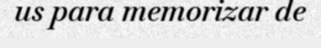
us para memorizar de